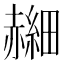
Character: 𫎰